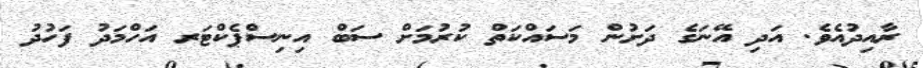
ރާއިދުއެވެ. އަދި އޭނަގެ ދަށުން މަސައްކަތް ކުރުމަށް ސަބް އިނިސްޕެކްޓަރ އަހްމަދު ފަހުދު